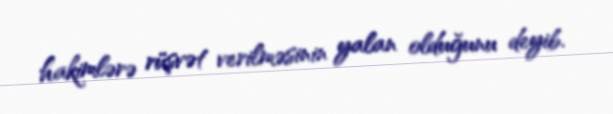
hakimlərə rüşvət verilməsinin yalan olduğunu deyib.